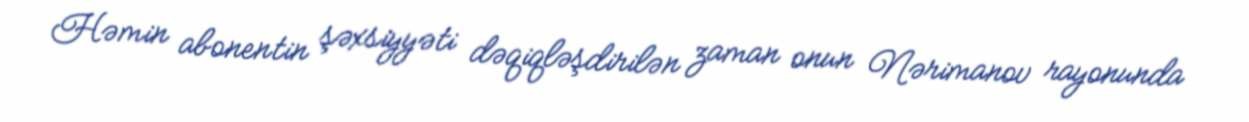
Həmin abonentin şəxsiyyəti dəqiqləşdirilən zaman onun Nərimanov rayonunda